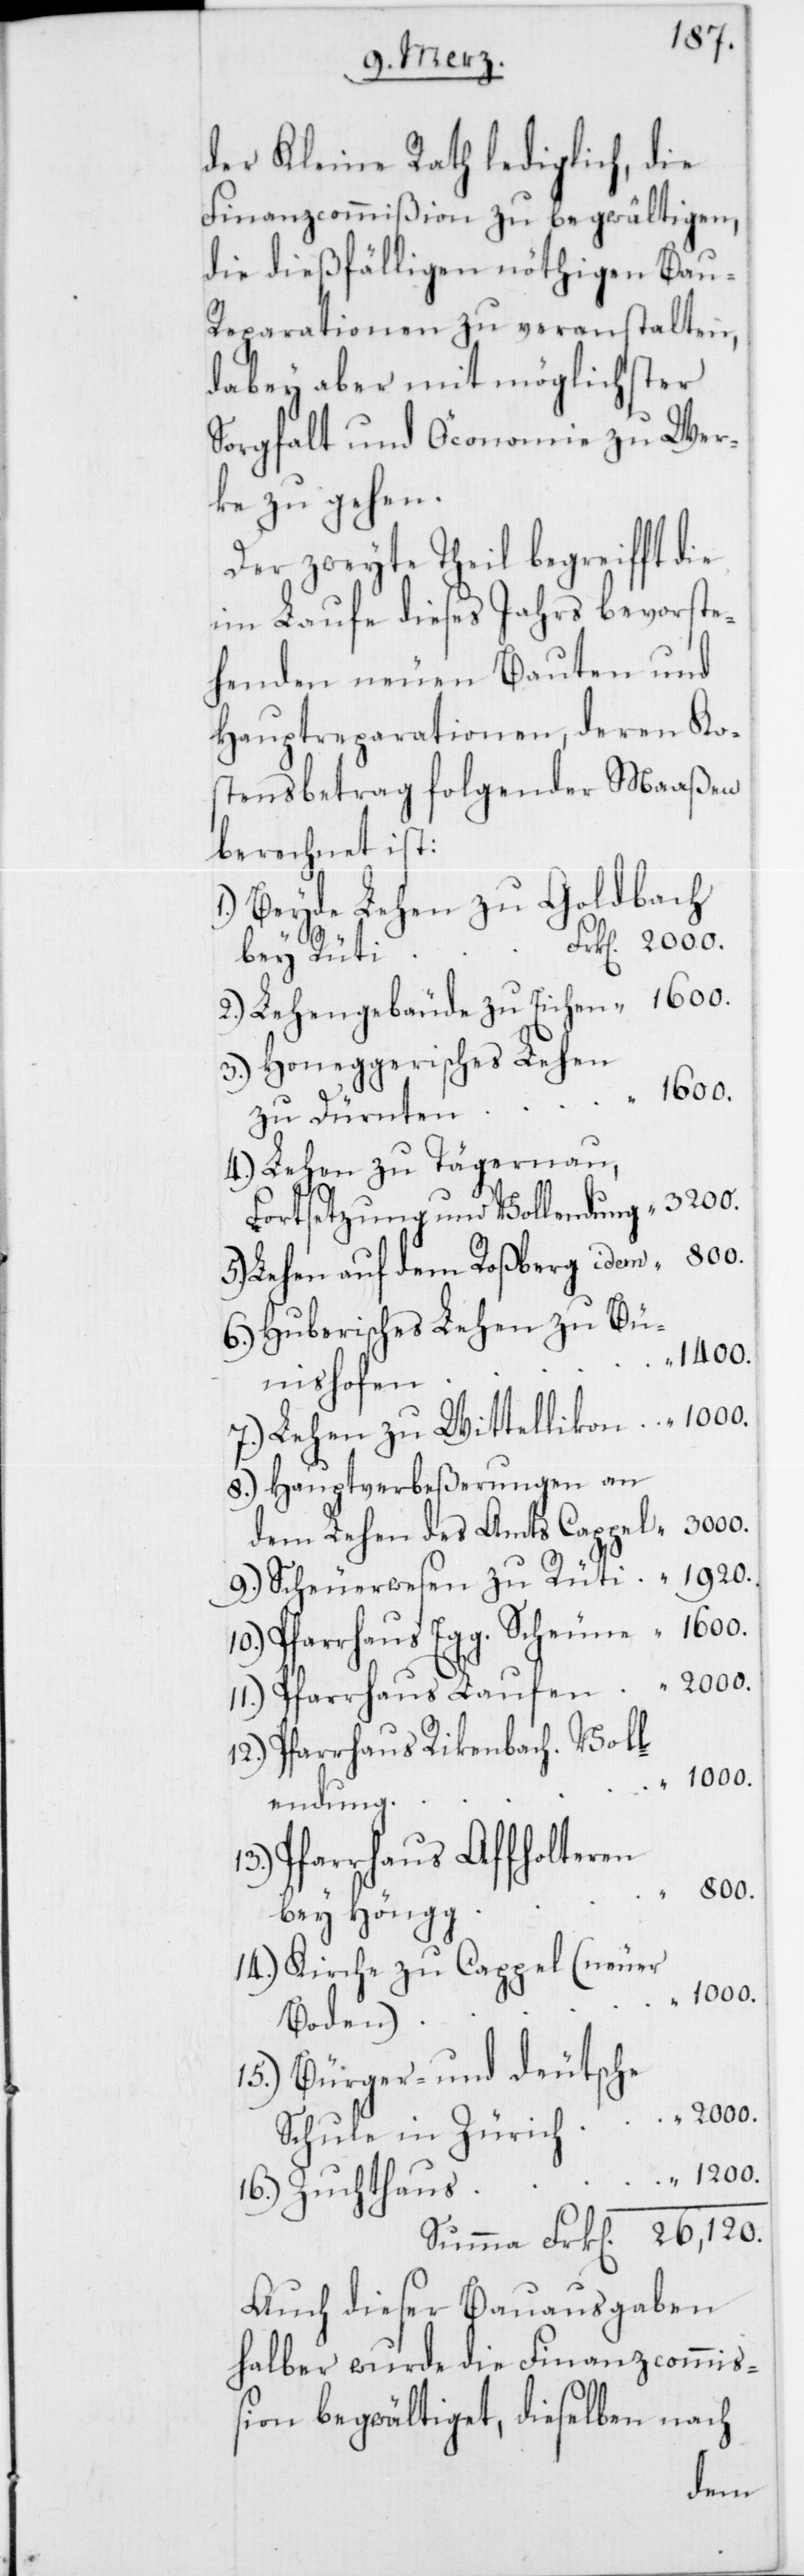
der Kleine Rath lediglich, die
Finanzcommißion zu begwältigen,
die dießfälligen nöthigen Bau-R¬
eparationen zu veranstalten,
dabey aber mit möglichster
Sorgfalt und Öconomie zu Wer¬
ke zu gehen.
Der zweyte Theil begreifft die
im Laufe dieses Jahrs bevorste¬
henden neuen Bauten und
Hauptreparationen, deren Kos¬
tensbetrag folgender Maaßen
berechnet ist:
Beyde Lehen zu Goldbach
bey Rüti Frk[en]. 2000.
2.) Lehengebäude zu Eichen “ 1600.
3.) Honeggerisches Lehen
zu Dürnten
4.) Lehen zu Tägernau,
Fortsetzung und Vollendung “ 3200.
5.) Lehen auf dem Roßberg idem “ 800.
6.) Huberisches Lehen zu Bü¬
1400.
nishofen “
7.) Lehen zu Witellikon “ 1000.
8.) Hauptverbeßerungen an
dem Lehen des Amts Kappel “ 3000.
9.) Scheuerwesen zu Rüti “ 1920.
10.) Pfarrhaus Egg. Scheune “ 1600.
11.) Pfarrhaus Laufen “ 2000.
12.) Pfarrhaus Rikenbach. Voll¬
endung
Pfarrhaus Affholtern
800.
bey Höngg
14.) Kirche zu Cappel (neuer
1000.
Boden) “
15.) Bürger- und deutsche
Schule in Zürich “ 2000.
“ 1200.
16.) Zuchthaus
Summa Frk[en]. 26,120.
Auch dieser Bauausgaben
halber wurde die Finanzcommiß¬
ion begwältiget, dieselben nach